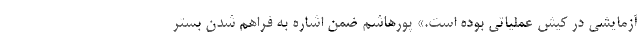
آزمایشی در کیش عملیاتی بوده است.» پورهاشم ضمن اشاره به فراهم شدن بستر